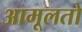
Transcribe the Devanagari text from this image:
आमूलतो